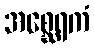
အစ္ဆေရကံ